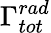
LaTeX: \Gamma_{tot}^{rad}